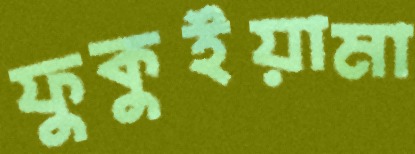
ফুকুইয়ামা